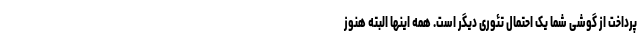
پرداخت از گوشی شما یک احتمال تئوری دیگر است. همه اینها البته هنوز